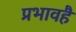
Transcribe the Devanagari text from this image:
प्रभावहै